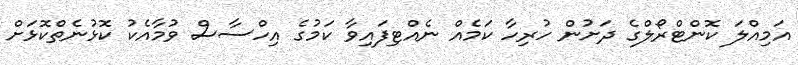
އަމިއްލަ ކޮންޓްރޯލްގެ ދަށުން ހުރިހާ ކަމެއް ނެއްޓިފައިވާ ކަމުގެ އިހްސާސް ވުމާއެކު ކޮޅުނެތްކޮޅަށް